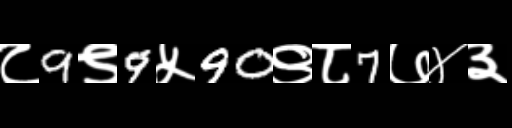
Text: ८9९9५90९८7७४३